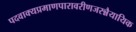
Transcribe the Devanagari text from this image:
पदवाक्यप्रमाणपारावरीणजरन्नैयायिक